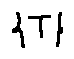
\{ T \}